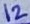
Text: 12